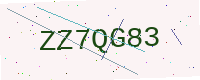
Text: ZZ7QG83